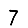
Digit: 7